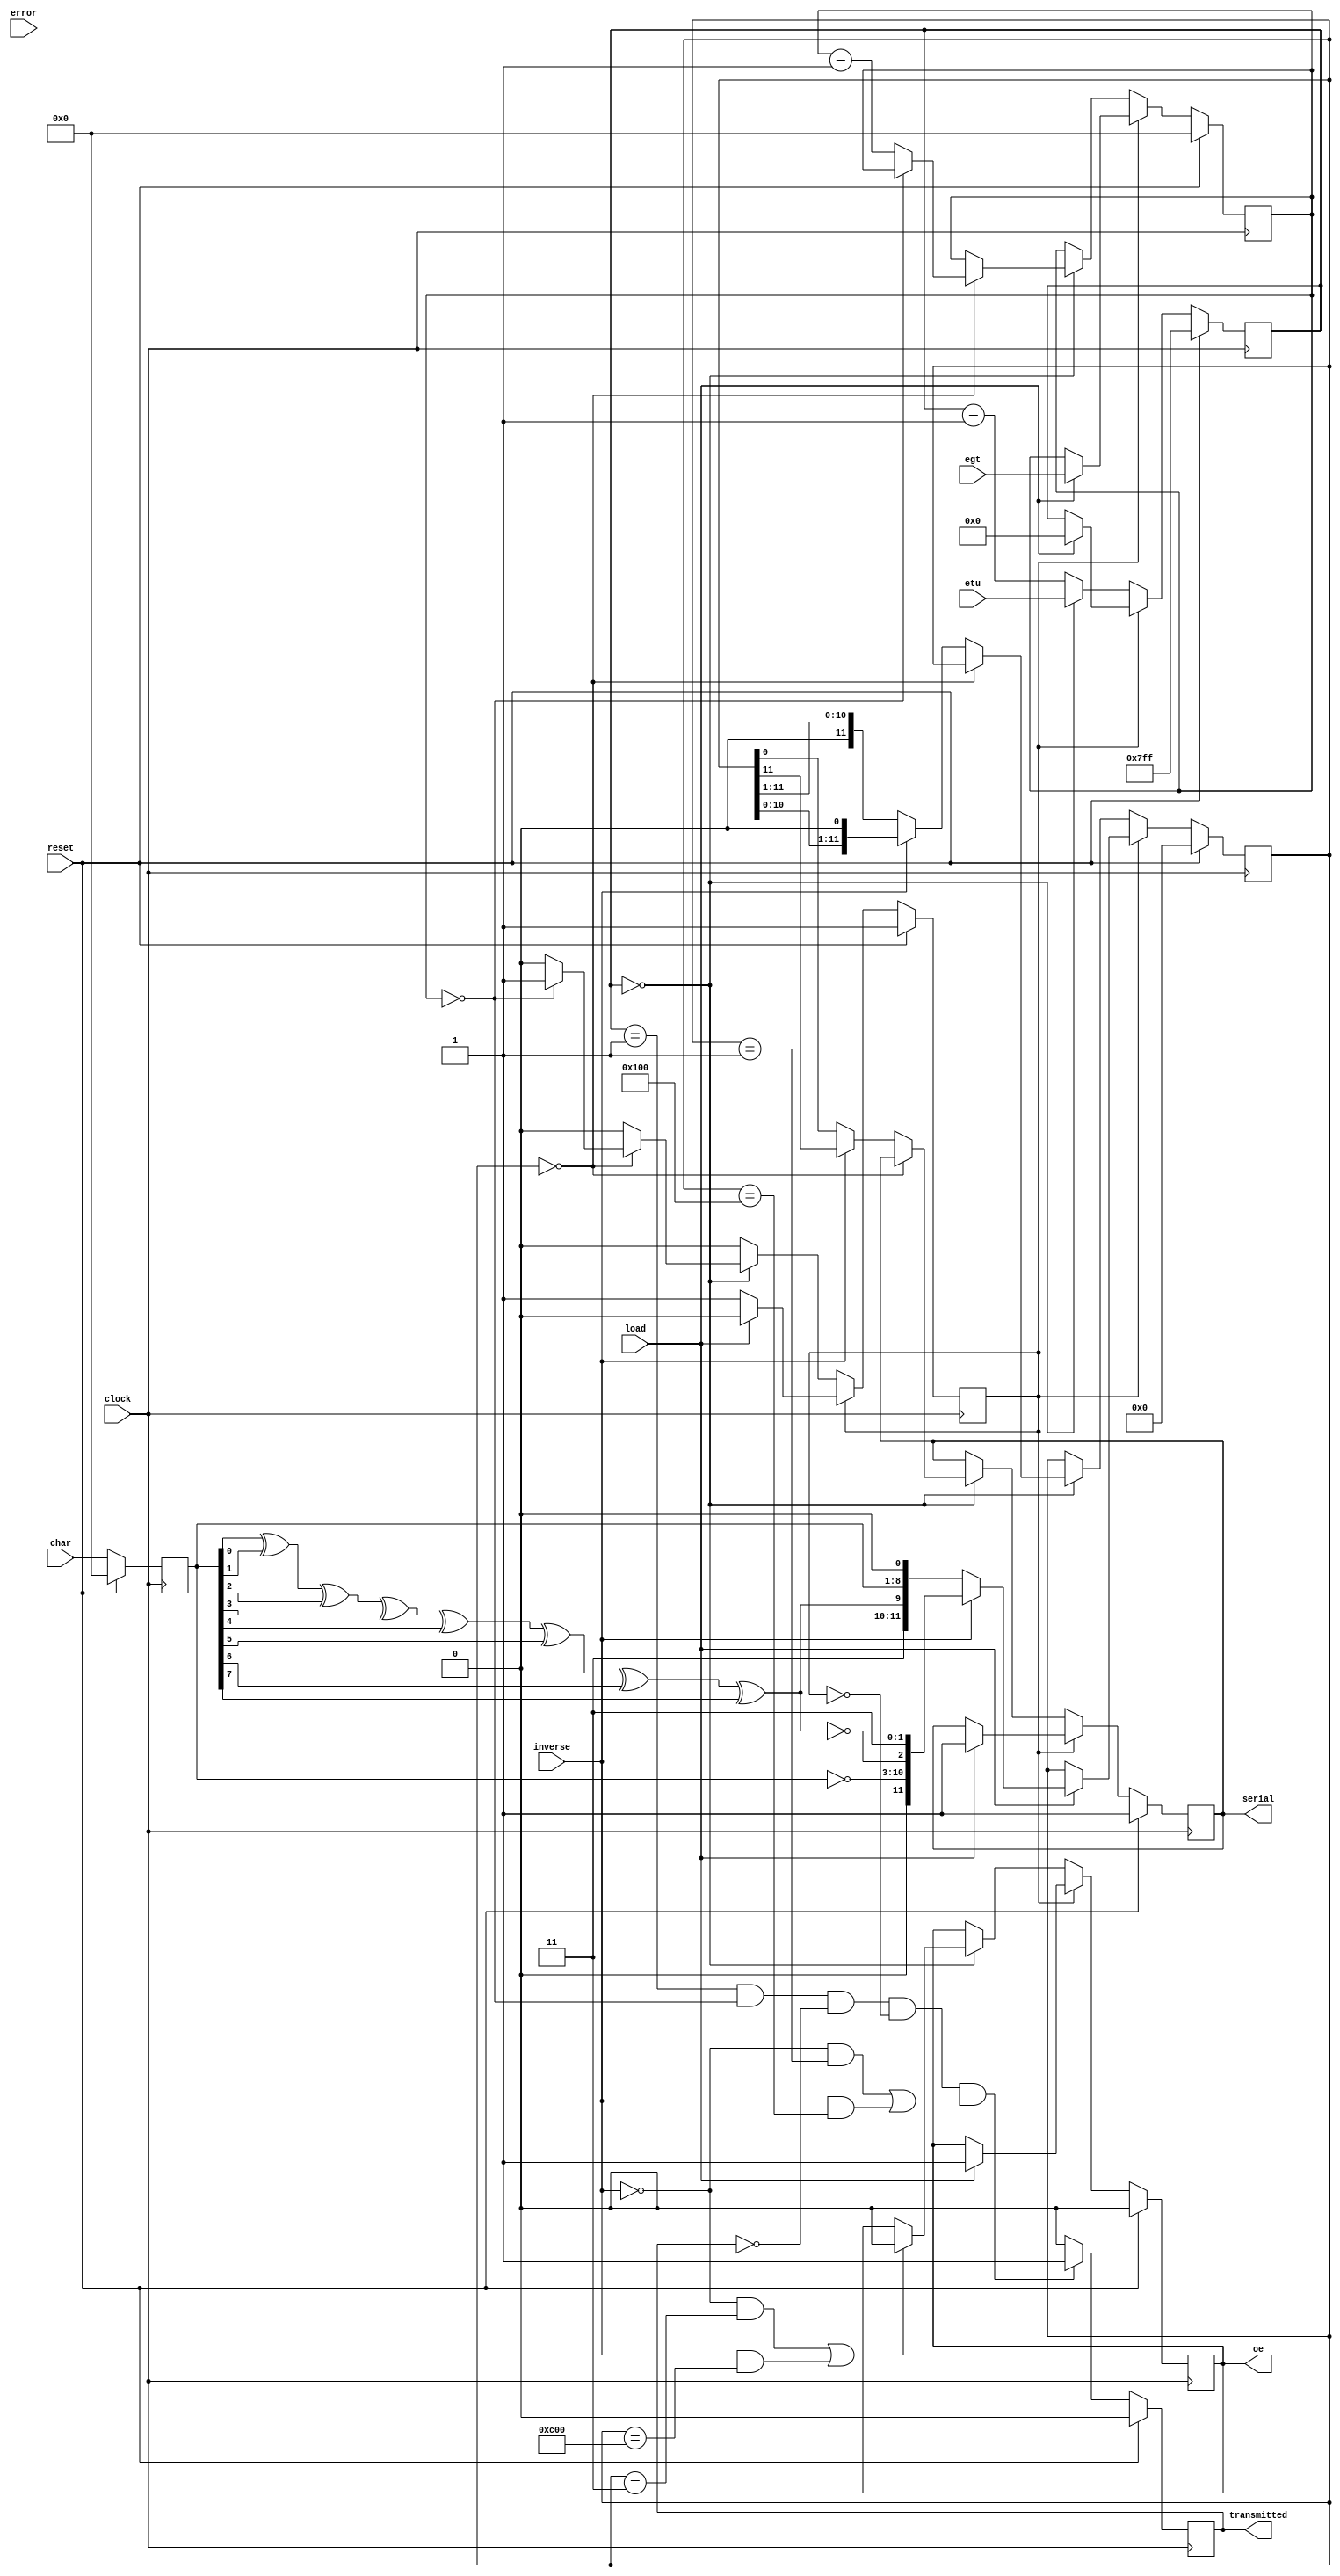

`timescale 1us/1ns

module isoiec7816_transmitter (
    clock,
    reset,
    serial,
    oe,
    inverse,
    etu,
    egt,
    char,
    load,
    transmitted,
    error
);

    input clock;
    input reset;
    output serial;
    output oe;
    input inverse;
    input [10:0] etu;
    input [7:0] egt;
    input [7:0] char;
    input load;
    output transmitted;
    input error;

    reg serial;
    reg oe;
    reg done;
    reg transmitted;
    reg [7:0] char_internal;
    reg [11:0] serializer;
    reg [10:0] etu_counter;
    reg [7:0] egt_counter;
    reg parity;

    always @ (char_internal) begin
        parity = (char_internal[0] ^ char_internal[1] ^ char_internal[2] ^ char_internal[3] ^ char_internal[4] ^ char_internal[5] ^ char_internal[6] ^ char_internal[7]);
    end

    always @ (posedge clock) begin
        if (reset == 1'b1) begin
            serial <= 1'b1;
            oe <= 1'b0;
            done <= 1'b1;
            char_internal <= 8'h00;
            serializer <= 12'h000;
            etu_counter <= 11'h7ff;
            egt_counter <= 8'd0;
        end else begin
            char_internal <= char;
            if (done == 1'b1) begin
                if (load == 1'b1) begin
                    if (inverse == 1'b1) begin
                        serializer <= {1'b0, ~char_internal, ~parity, 2'b11};
                    end else begin
                        serializer <= {2'b11, parity, char_internal, 1'b0};
                    end
                    etu_counter <= 11'h000;
                    egt_counter <= egt;
                    done <= 1'b0;
                    serial <= 1'b1;
                    oe <= 1'b1;
                end
            end else if (etu_counter == 11'h000) begin
                etu_counter <= etu;
                if (((inverse == 1'b0) && (serializer == 12'b0000_0000_0011)) || ((inverse == 1'b1) && (serializer == 12'b1100_0000_0000))) begin
                    oe <= 1'b0;
                end
                if (serializer == 12'b0000_0000_0000) begin
                    if (egt_counter == 8'h00) begin
                        done <= 1'b1;
                    end else begin
                        egt_counter <= egt_counter - 1'b1;
                    end
                end else begin
                    if (inverse == 1'b1) begin
                        serial <= serializer[11];
                        serializer <= {serializer[10:0], 1'b0};
                    end else begin
                        serial <= serializer[0];
                        serializer <= {1'b0, serializer[11:1]};
                    end
                end
            end else begin
                etu_counter <= etu_counter - 1'b1;
            end

        end
    end

    always @ (negedge clock) begin
        if (reset == 1'b1) begin
            transmitted <= 1'b0;
        end else begin
            if ((etu_counter == 11'h001) && (egt_counter == 8'h00) && (transmitted == 1'b0) && (done == 1'b0)
                    && (((inverse == 1'b0) && (serializer == 12'h001)) || ((inverse == 1'b1) && (serializer == 12'h100)))) begin
                transmitted <= 1'b1;
            end else begin
                transmitted <= 1'b0;
            end
        end
    end

endmodule